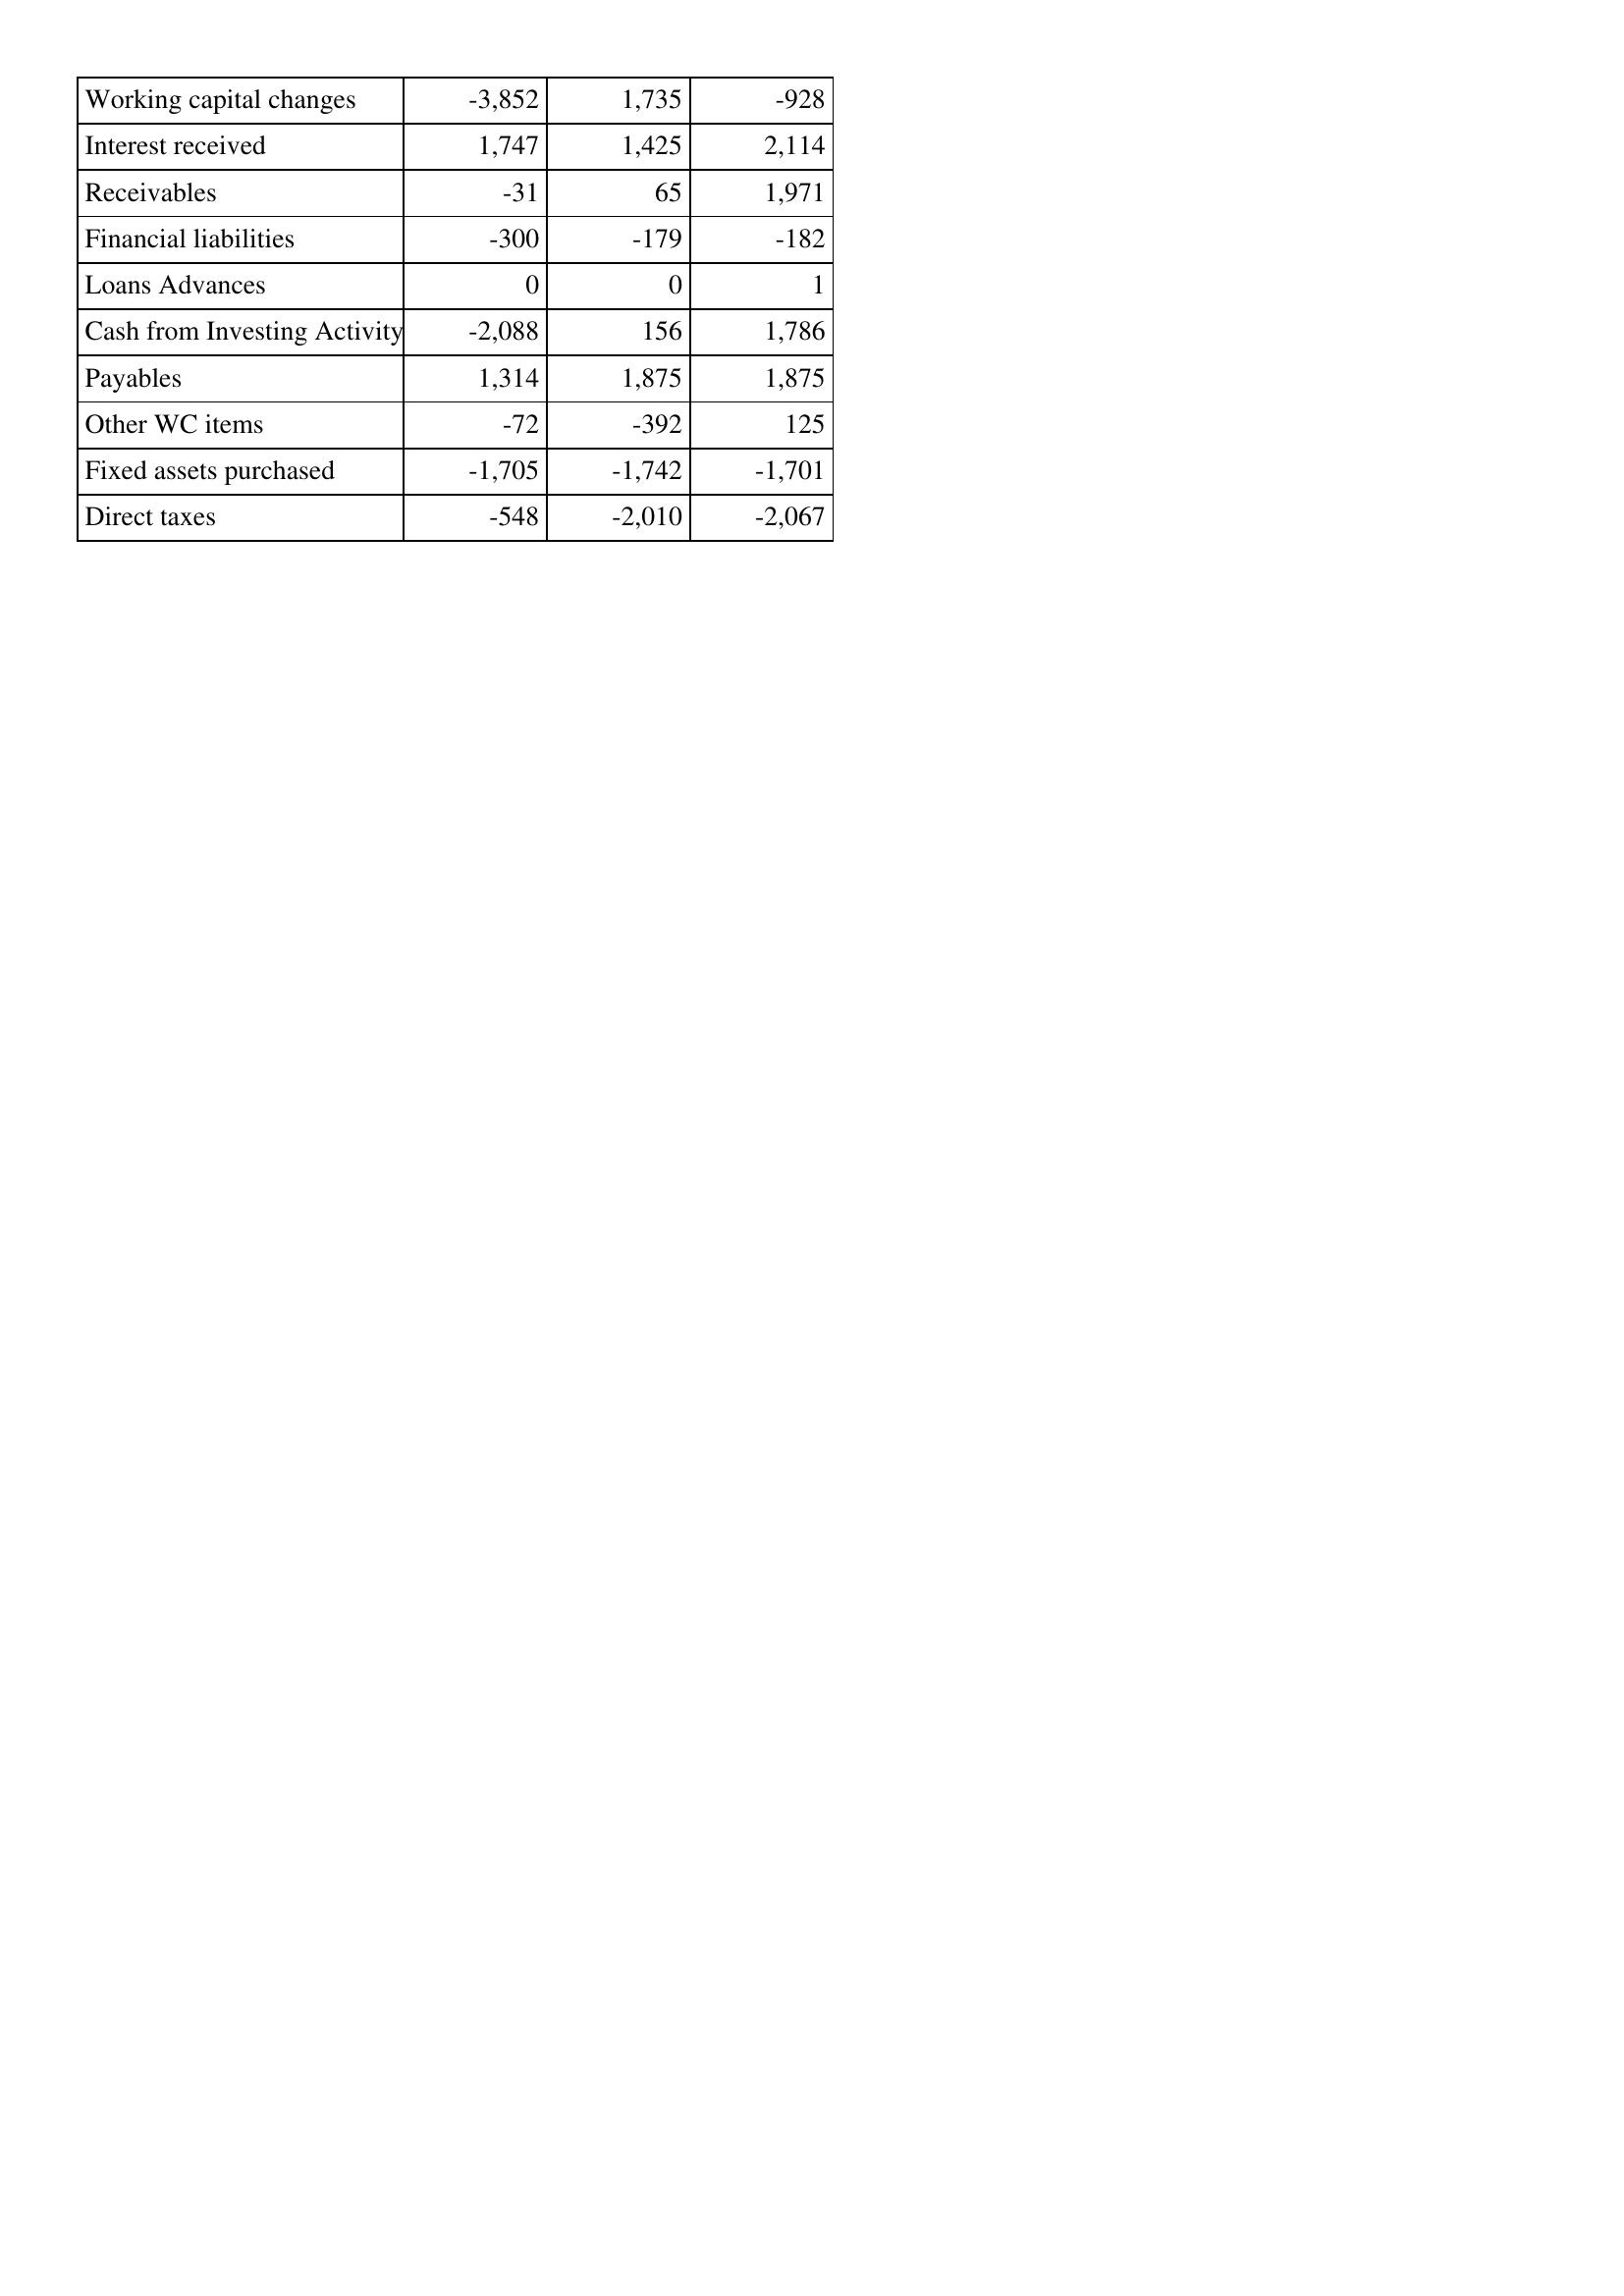
May-92: Cash Flows: Working capital changes: -3,852
Interest received: 1,747
Receivables: -31
Financial liabilities: -300
Loans Advances: 0
Cash from Investing Activity: -2,088
Payables: 1,314
Other WC items: -72
Fixed assets purchased: -1,705
Direct taxes: -548
May-91: Cash Flows: Working capital changes: 1,735
Interest received: 1,425
Receivables: 65
Financial liabilities: -179
Loans Advances: 0
Cash from Investing Activity: 156
Payables: 1,875
Other WC items: -392
Fixed assets purchased: -1,742
Direct taxes: -2,010
May-90: Cash Flows: Working capital changes: -928
Interest received: 2,114
Receivables: 1,971
Financial liabilities: -182
Loans Advances: 1
Cash from Investing Activity: 1,786
Payables: 1,875
Other WC items: 125
Fixed assets purchased: -1,701
Direct taxes: -2,067